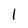
Character: 1